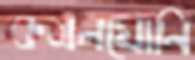
কমলযোনি